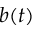
b ( t )